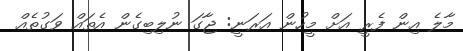
މާލެ އިން ފެރީ އަށް މީހުން އަރަނީ: ޖާގަ ނުލިބިގެން އެތައް ވަގުތެއް